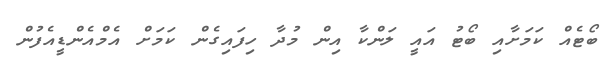
ބޯޓެއް ކަމަށާއި ބޯޓު އައީ ލަންކާ އިން މުދާ ހިފައިގެން ކަމަށް އެމްއެންޑީއެފުން